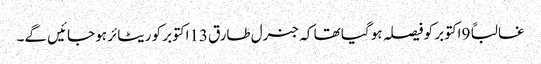
غالباً 9اکتوبر کو فیصلہ ہو گیا تھا کہ جنرل طارق 13اکتوبر کو ریٹائر ہو جائیں گے۔